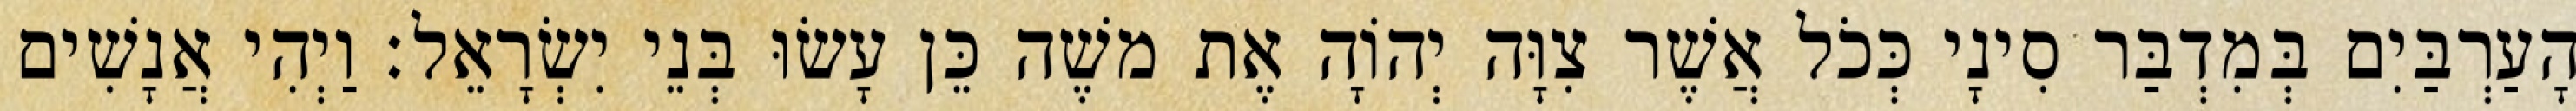
הָעַרְבַּיִם בְּמִדְבַּר סִינָי כְּכֹל אֲשֶׁר צִוָּה יְהוָֹה אֶת משֶׁה כֵּן עָשׂוּ בְּנֵי יִשְׂרָאֵל׃ וַיְהִי אֲנָשִׁים